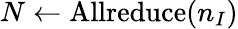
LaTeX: N\leftarrow\mathrm{Allreduce}(n_{I})